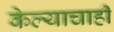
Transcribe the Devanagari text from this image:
केल्याचाही